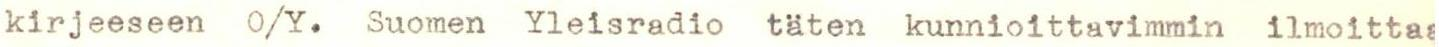
kirjeeseen O/Y. Suomen Yleisradio täten kunnioittavimmin ilmoittaa